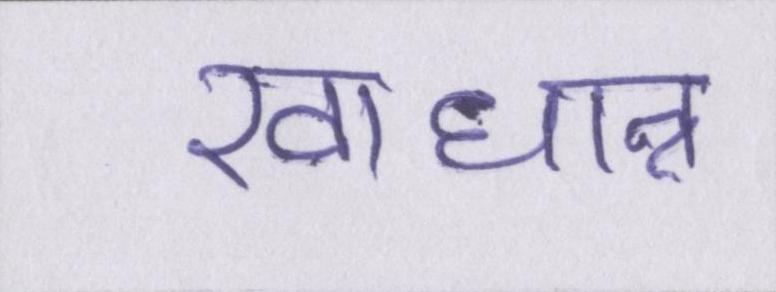
खाधान्न